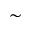
\sim